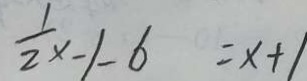
\frac { 1 } { 2 } x - 1 - 6 = x + 1